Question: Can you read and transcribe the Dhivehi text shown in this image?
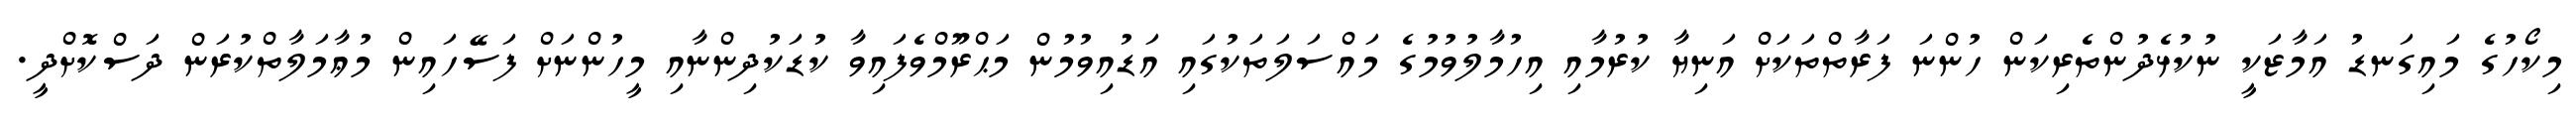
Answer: މިކޯހުގެ މައިގަނޑު އަމާޒަކީ ނުކުޅެދުންތެރިކަން ހުންނަ ފަރާތްތަކަށް އަނިޔާ ކުރުމާއި އިހުމާލުވުމުގެ މައްސަލަތަކުގައި އަޑުއިވުމުން މަޙްރޫމްވެފައިވާ ކުޑަކުދިންނާއި މީހުންނަށް ފަސޭހައިން މުޢާމަލާތްކުރަން ދަސްކޮށްދީ.